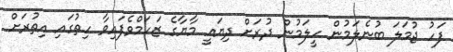
ފަހު ޖުމަލަ ބުނެލަމުން ހީލަމުން ދުރަށް ދިޔައީ މާޔާގެ ޒަހަމްވެފައިވާ ހިތުގައި އިތުރަށް